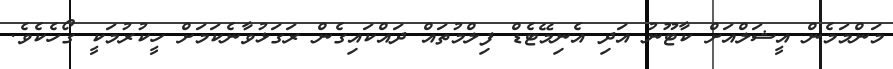
މަންމަމެން އީޝަލްއަށް ކާޓޫނު އަދި އެނިމޭޓެޑް ފިލްމުތައް ދައްކައިގެން ރަގަޅުވާނެކަމަށް ހީކުރުމަކީ ގޯހެކެވެ.